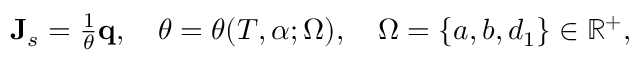
\begin{array} { r } { \mathbf { J } _ { s } = \frac { 1 } { \theta } \mathbf q , \quad \theta = \theta ( T , \alpha ; \Omega ) , \quad \Omega = \{ a , b , d _ { 1 } \} \in \mathbb { R } ^ { + } , } \end{array}